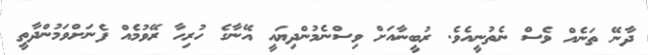
ދާނޭ ތަނެއް ވެސް ނެތުނީއެވެ. ރުބީނާއަށް ވިސްނެމުންދިޔައީ އޭނާގެ ހުރިހާ ރޭވުމެއް ފެނަށްވަމުންދާތީ